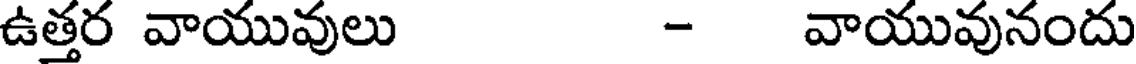
ఉత్తర వాయువులు - వాయువునందు